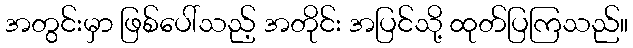
အတွင်းမှာ ဖြစ်ပေါ်သည့် အတိုင်း အပြင်သို့ ထုတ်ပြကြသည်။